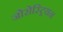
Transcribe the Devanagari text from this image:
जोरोस्ट्रियन